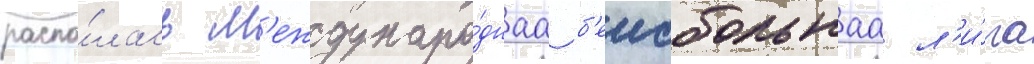
распа́лась м'еждунаро́днаа б'еисбольнаа л'и́га